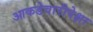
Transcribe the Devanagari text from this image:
आकडेवारीपेक्षा